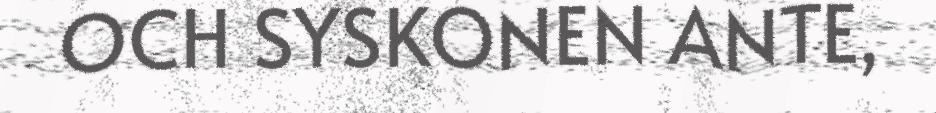
OCH SYSKONEN ANTE,